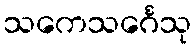
သကေသင်္ဂေသု